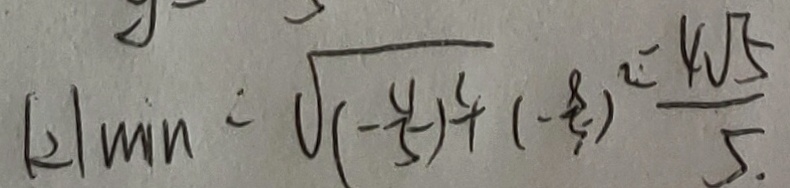
\vert 2 \vert \min = \sqrt { ( - \frac { 4 } { 5 } ) ^ { 2 } } + ( - \frac { 8 } { 5 } ) ^ { 2 } = \frac { 4 \sqrt { 5 } } { 5 . }